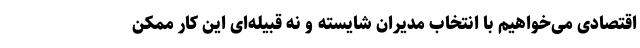
اقتصادی می‌خواهیم با انتخاب مدیران شایسته و نه قبیله‌ای این کار ممکن